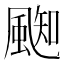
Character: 𩗨